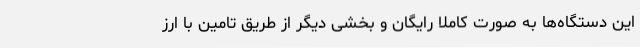
این دستگاه‌ها به صورت کاملا رایگان و بخشی دیگر از طریق تامین با ارز